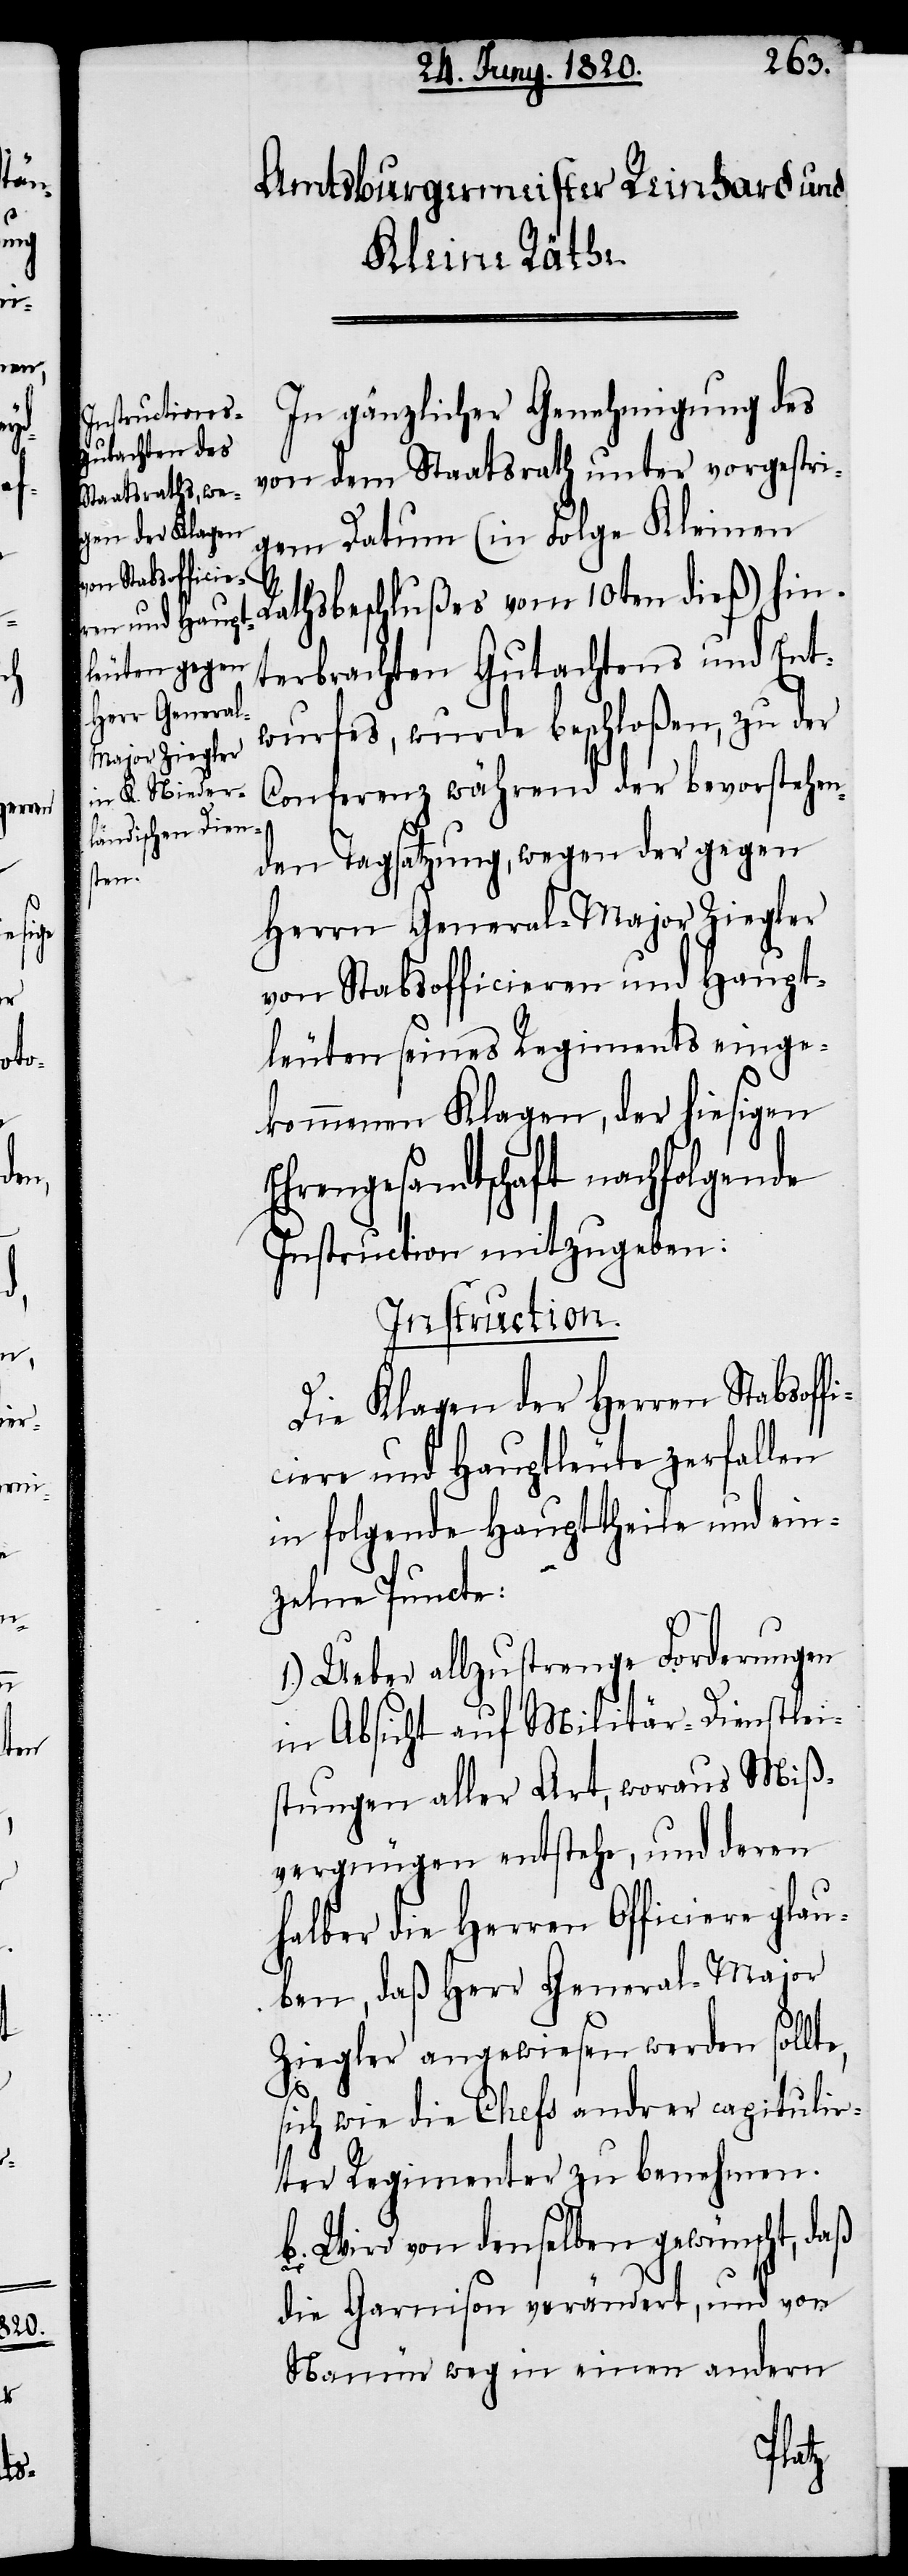
In gänzlicher Genehmigung des
von dem Staatsrath unter vorgestri¬
gem Datum (in Folge Kleinen
Rathsbeschlußes vom 10ten dieß) hin¬
terbrachten Gutachtens und Ent¬
wurfes, wurde beschloßen, zu der
Conferenz während der bevorstehen¬
den Tagsatzung, wegen der gegen
Herrn General-Major Ziegler
von Stabsofficieren und Haupt¬
leuten seines Regiments einge¬
kommenen Klagen, der hiesigen
Ehrengesandtschaft nachfolgende
Instruction mitzugeben:
Instruction.
1.) Ueber allzustrenge Forderungen
in Absicht auf Militär-Dienstlei¬
stungen aller Art, woraus Miß¬
vergnügen entstehe, und deren
halber die Herren Officiere glau¬
ben, daß Herr General-Major
Ziegler angewiesen werden sollt¬
e,
sich wie die Chefs andrer capitulir¬
ter Regimenter zu benehmen.
b. Wird von denselben gewünscht, daß
die Garnison verändert, und von
Namür weg in einen andern